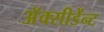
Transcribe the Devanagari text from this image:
अॅक्सीडेंन्ट